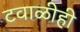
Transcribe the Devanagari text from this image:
टवाळीही